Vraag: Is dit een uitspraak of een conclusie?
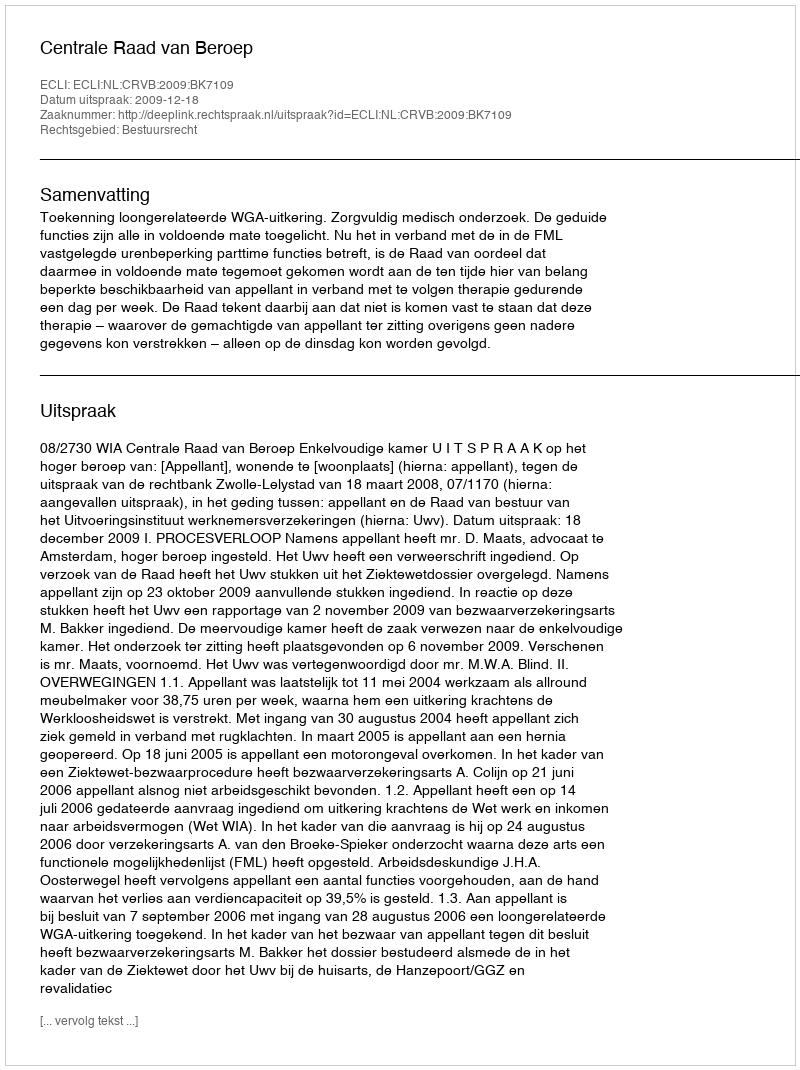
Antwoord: Uitspraak